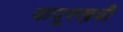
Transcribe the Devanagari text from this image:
कपूरखत्री